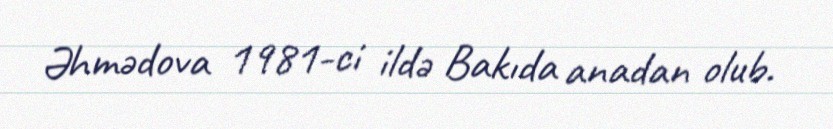
Əhmədova 1981-ci ildə Bakıda anadan olub.